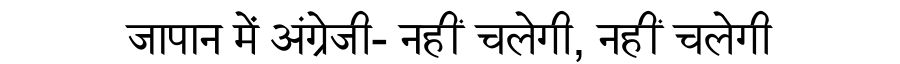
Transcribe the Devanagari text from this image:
जापान में अंग्रेजी- नहीं चलेगी, नहीं चलेगी